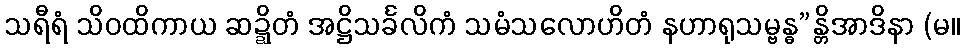
သရီရံ သိဝထိကာယ ဆဍ္ဍိတံ အဋ္ဌိသင်္ခလိကံ သမံသလောဟိတံ နဟာရုသမ္ဗန္ဓ”န္တိအာဒိနာ (မ။